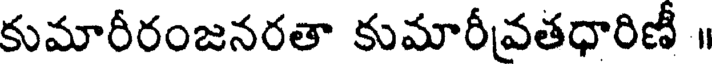
కుమారీరంజనరతా కుమారీవతధారిణీ